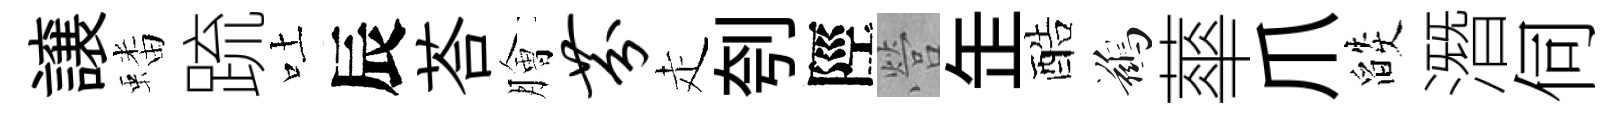
譲蟠䟽吐辰荅膾芬走刳陘營𦈢酷鷀蕐爪燄潛伺